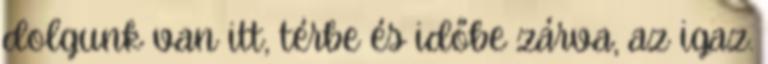
dolgunk van itt, térbe és időbe zárva, az igaz.